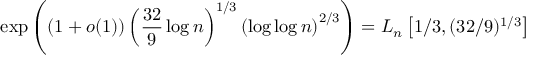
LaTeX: \exp \left( \left( 1 + o ( 1 ) \right) \left( { \frac { 3 2 } { 9 } } \log n \right) ^ { 1 / 3 } \left( \log \log n \right) ^ { 2 / 3 } \right) = L _ { n } \left[ 1 / 3 , ( 3 2 / 9 ) ^ { 1 / 3 } \right]